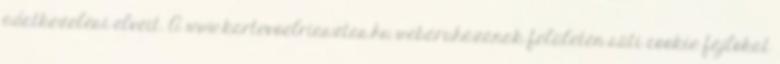
adatkezelési elveit. A www.kartevoelriasztas.hu webáruházának felületén süti cookie fájlokat